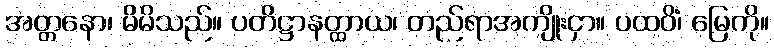
အတ္တနော၊ မိမိသည်။ ပတိဋ္ဌာနတ္ထာယ၊ တည်ရာအကျိုးငှာ။ ပထဝိံ၊ မြေကို။